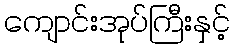
ကျောင်းအုပ်ကြီးနှင့်